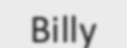
Billy